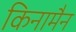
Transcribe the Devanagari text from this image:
किनामैन